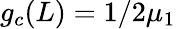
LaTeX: g_{c}(L)=1/2\mu_{1}